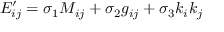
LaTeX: E _ { i j } ^ { \prime } = \sigma _ { 1 } M _ { i j } + \sigma _ { 2 } g _ { i j } + \sigma _ { 3 } k _ { i } k _ { j }